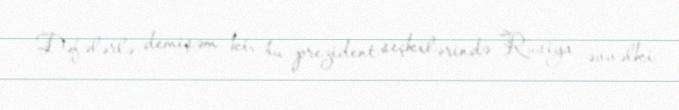
- Dəfələrlə demişəm ki, bu prezident seçkilərində Rusiya əvvəlki